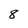
Character: 8